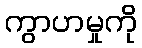
ကွာဟမှုကို